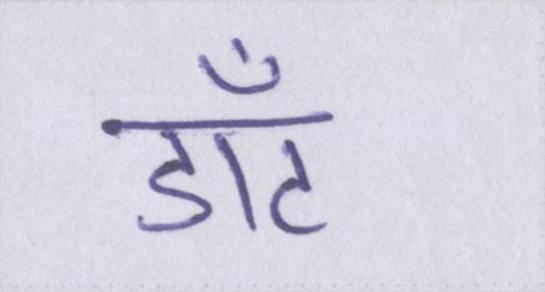
डॉट